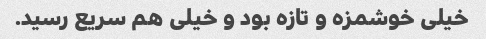
خیلی خوشمزه و تازه بود و خیلی هم سریع رسید.